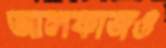
আলফাজও